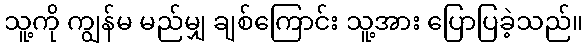
သူ့ကို ကျွန်မ မည်မျှ ချစ်ကြောင်း သူ့အား ပြောပြခဲ့သည်။